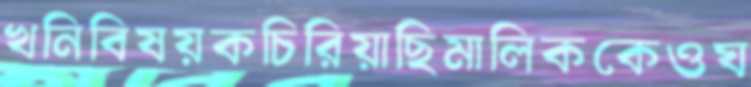
খনিবিষয়কচিরিয়াছিমালিককেওঘ